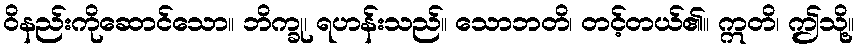
ဝိနည်းကိုဆောင်သော။ ဘိက္ခု၊ ရဟန်းသည်။ သောဘတိ၊ တင့်တယ်၏။ ဣတိ၊ ဤသို့။